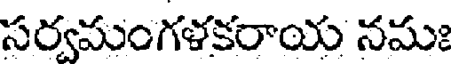
సర్వమంగళకరాయ నమః